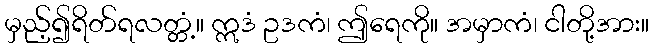
မှည့်၍ရိတ်ရလတ္တံ့။ ဣဒံ ဥဒကံ၊ ဤရေကို။ အမှာကံ၊ ငါတို့အား။